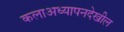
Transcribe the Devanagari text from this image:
कलाअध्यापनदेखील